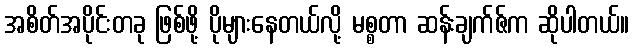
အစိတ်အပိုင်းတခု ဖြစ်ဖို့ ပိုများနေတယ်လို့ မစ္စတာ ဆန်းချက်ဇ်က ဆိုပါတယ်။